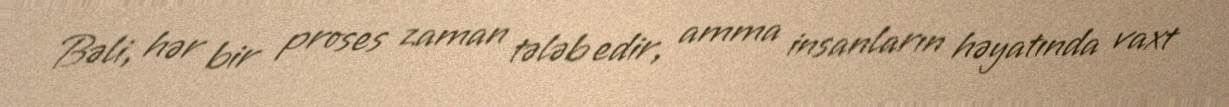
Bəli, hər bir proses zaman tələb edir, amma insanların həyatında vaxt